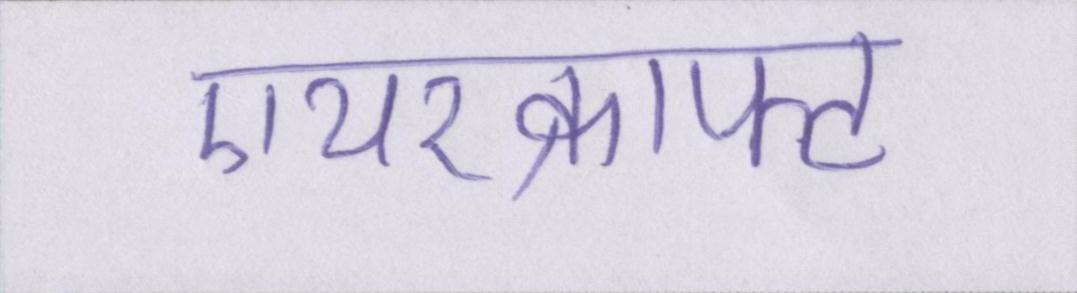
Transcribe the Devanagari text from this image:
एयरक्राफ्ट